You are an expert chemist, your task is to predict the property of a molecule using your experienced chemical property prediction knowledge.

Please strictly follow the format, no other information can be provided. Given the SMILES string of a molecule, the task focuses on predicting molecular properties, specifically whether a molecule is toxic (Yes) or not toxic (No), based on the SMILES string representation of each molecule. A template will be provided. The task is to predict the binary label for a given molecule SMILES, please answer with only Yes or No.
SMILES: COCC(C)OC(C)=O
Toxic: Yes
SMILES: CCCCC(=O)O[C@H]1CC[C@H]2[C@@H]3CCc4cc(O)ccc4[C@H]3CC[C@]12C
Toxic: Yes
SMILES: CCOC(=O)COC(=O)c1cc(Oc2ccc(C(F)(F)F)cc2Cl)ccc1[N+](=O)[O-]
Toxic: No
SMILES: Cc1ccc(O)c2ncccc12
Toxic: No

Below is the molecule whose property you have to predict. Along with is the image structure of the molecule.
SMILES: O=C1CCCCCCCCCCC(=O)OCCO1
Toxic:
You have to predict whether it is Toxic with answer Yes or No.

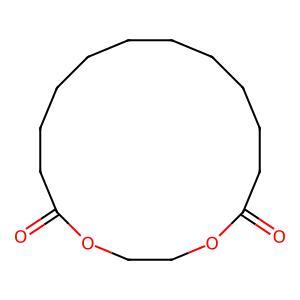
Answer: No